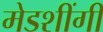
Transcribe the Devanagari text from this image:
मेडशींगी